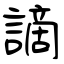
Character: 謫